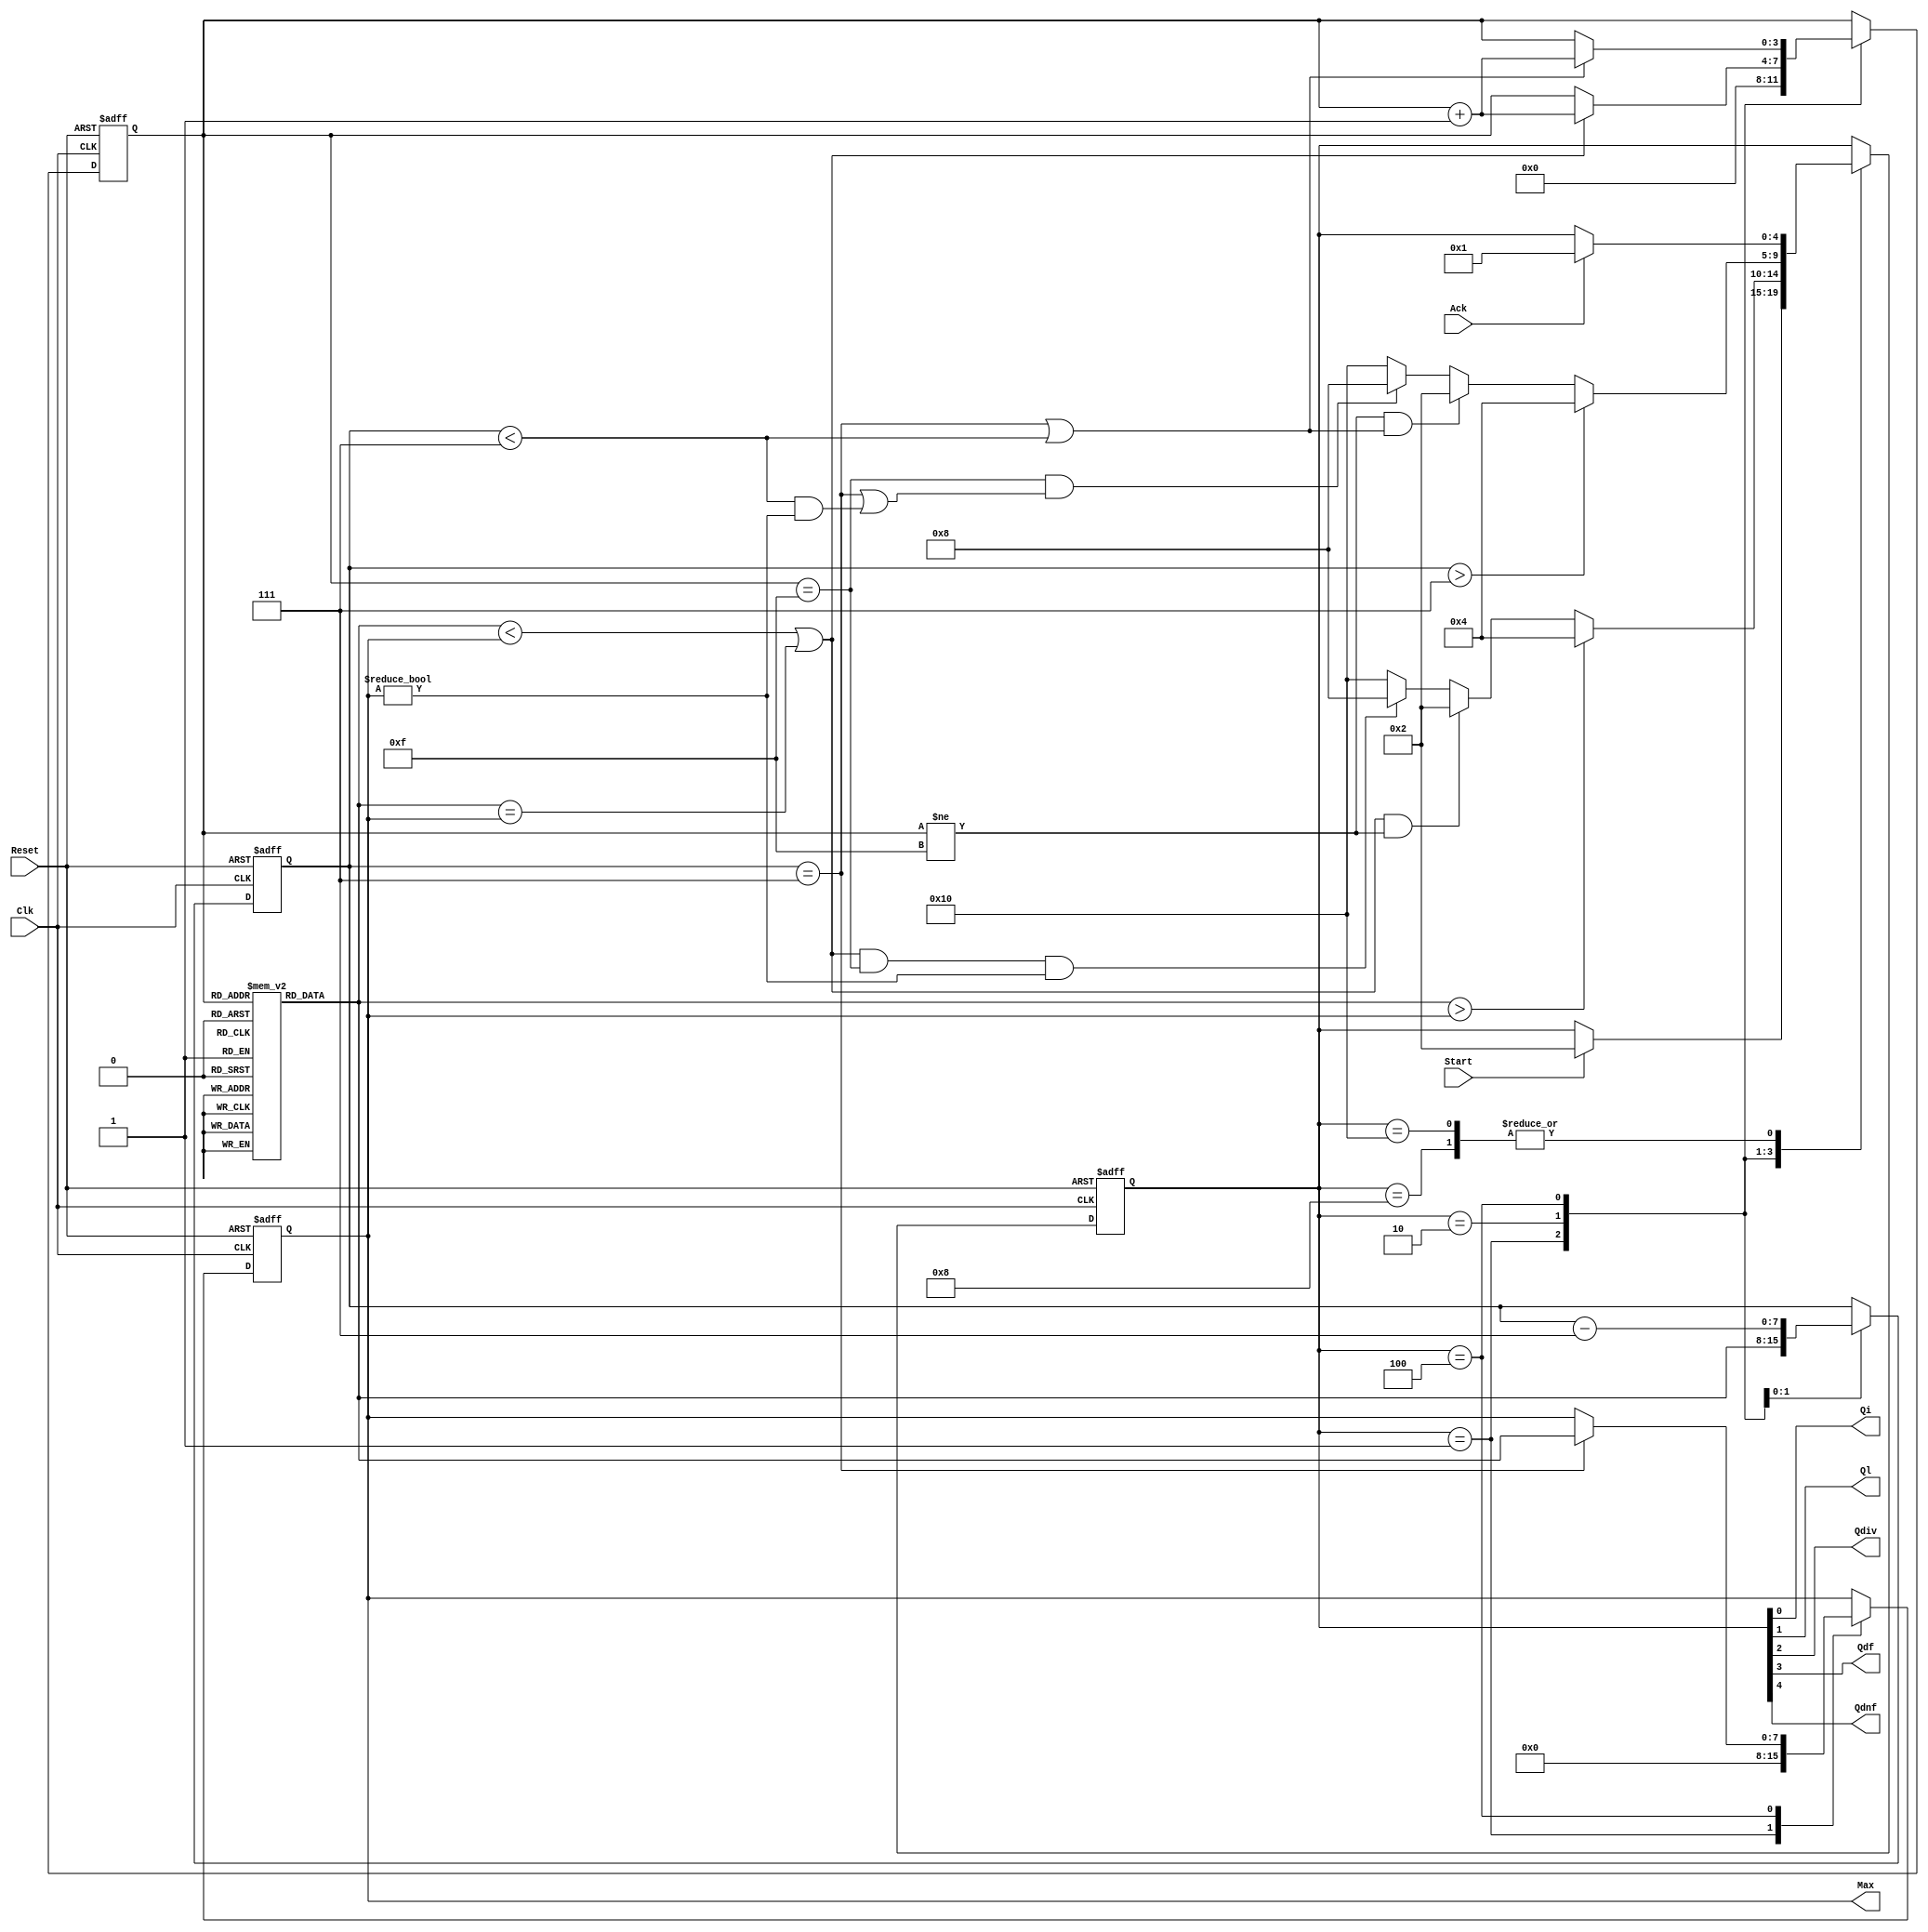
//////////////////////////////////////////////////////////////////////////////
//
// Copyright (c) 2010 Gandhi Puvvada, EE-Systems, VSoE, USC
//
// This design exercise, its solution, and its test-bench are confidential items.
// They are University of Southern California's (USC's) property. All rights are reserved.
// Students in our courses have right only to complete the exercise and submit it as part of their course work.
// They do not have any right on our exercise/solution or even on their completed solution as the solution contains our exercise.
// Students would be violating copyright laws besides the University's Academic Integrity rules if they post or convey to anyone
// either our exercise or our solution or their solution (their completed exercise). 
// 
// THIS COPYRIGHT NOTICE MUST BE RETAINED AS PART OF THIS FILE (AND ITS SOLUTION AND/OR ANY OTHER DERIVED FILE) AT ALL TIMES.
//
//////////////////////////////////////////////////////////////////////////////
//
// A student would be violating the University's Academic Integrity rules if he/she gets help in writing or debugging the code 
// from anyone other than the help from his/her teaching team members in completing the exercise(s). 
// However he/she can discuss with fellow students the method of solving the exercise. 
// But writing the code or debugging the code should not be with the help of others. 
// One should never share the code or even look at the code of others (code from classmates or seniors 
// or any code or solution posted online or on GitHub).
// 
// THIS NOTICE OF ACADEMIC INTEGRITY MUST BE RETAINED AS PART OF THIS FILE (AND ITS SOLUTION AND/OR ANY OTHER DERIVED FILE) AT ALL TIMES.
//
//////////////////////////////////////////////////////////////////////////////



// EE201L RTL Exercises
// largest_num_divisible_by_7.v
// Written by Suraj Abraham, Gandhi Puvvada 
// March 1, 2009, March 3, 2010

// Given an array of 16 unsigned 8-bit numbers, we need to find the largest non-zero
// number that is exactly divisible by 7. 

`timescale 1 ns / 100 ps

module largest_num_divisible_by_7 (Max, Start, Ack, Clk, Reset, 
				 Qi, Ql, Qdiv, Qdf, Qdnf);

input Start, Ack, Clk, Reset;
output [7:0] Max;
output Qi, Ql, Qdiv, Qdf, Qdnf;

reg [7:0] M [0:15]; 
reg [7:0] X;
reg [4:0] state;
reg [7:0] Max;
reg [3:0] I;

localparam 
INI = 	5'b00001, // "Initial" state
LD_X = 	5'b00010, // "Load X with the next M[I]" state
DIV = 	5'b00100, // "Divide X by 7 and Update Max if appropriate" state
D_F = 	5'b01000, // "Done Found largest number divisible by 7" state
D_NF = 	5'b10000 ;// "Done Not Found any non-zero number divisible by 7" state

         
         
assign {Qdnf, Qdf, Qdiv, Ql, Qi} = state;

always @(posedge Clk, posedge Reset) 

  begin  : CU_n_DU
    if (Reset)
       begin
         state <= INI;
          I <= 4'bXXXX;
	      Max <= 8'bXXXXXXXX;
	      X <= 8'bXXXXXXXX;	   // to avoid recirculating mux controlled by Reset 
	    end
    else
       begin
         (* full_case, parallel_case *)
         case (state)
	        INI	: 
	          begin
		         // state transitions in the control unit
		         if (Start)
		           state <= LD_X;
		         // RTL operations in the DPU (Data Path Unit)            	              
		           Max <= 0;
		           I <= 0;
	          end
	        LD_X	:  // ** TODO **  complete RTL Operations and State Transitions
	          begin
		        // state transitions in the control unit
		        if (M[I] > Max)
		            state <= DIV;
				else if ((M[I] < Max || M[I] == Max) && I != 15)
					state <= LD_X;
				else if ((M[I] < Max || M[I] == Max) && I == 15 && Max != 0)
					state <= D_F;
				else // ((M[I] < Max || M[I] == Max) && I == 15 && Max == 0)
					state <= D_NF;
		       	// RTL operations in the Data Path   
				X <= M[I];
			   	if (M[I] < Max || M[I] == Max)
			   		I <= I + 1;
 	          end
	        
	        DIV :  // ** TODO **  complete RTL Operations and State Transitions
	          begin
	          	// state transitions in the control unit
				if (X > 7)
					state <= DIV;
				else if (I != 15 && (X == 7 || X < 7))
					state <= LD_X;
				else if (I == 15 && (X == 7 || (X < 7 && Max != 0)))
					state <= D_F;
				else // (I == 15 && X < 7 && Max == 0)
			  		state <= D_NF;
	          	// RTL operations in the Data Path
				X <= X - 7;
				if (X == 7)
					Max <= M[I];
				if (X == 7 || X < 7)
					I <= I + 1;
	          end
	        
	        D_F	:
	          begin  
		         // state transitions in the control unit
		         if (Ack)
		           state <= INI;
		       end    
	        D_NF	:
	          begin  
		         // state transitions in the control unit
		         if (Ack)
		           state <= INI;
		       end    
      endcase
    end 
  end 
endmodule